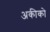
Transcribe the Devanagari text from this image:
अकीको